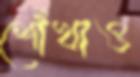
শোঁখাও